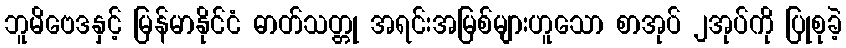
ဘူမိဗေဒနှင့် မြန်မာနိုင်ငံ ဓာတ်သတ္တု အရင်းအမြစ်များဟူသော စာအုပ် ၂အုပ်ကို ပြုစုခဲ့